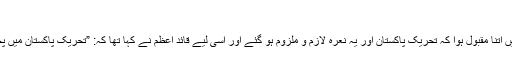
“
یہ نعرہ ہندوستان کے طول و عرض میں اتنا مقبول ہوا کہ تحریک پاکستان اور یہ نعرہ لازم و ملزوم ہو گئے اور اسی لیے قائد اعظم نے کہا تھا کہ: ”تحریکِ پاکستان میں پچیس فیصد حصہ اصغر سودائی کا ہے۔